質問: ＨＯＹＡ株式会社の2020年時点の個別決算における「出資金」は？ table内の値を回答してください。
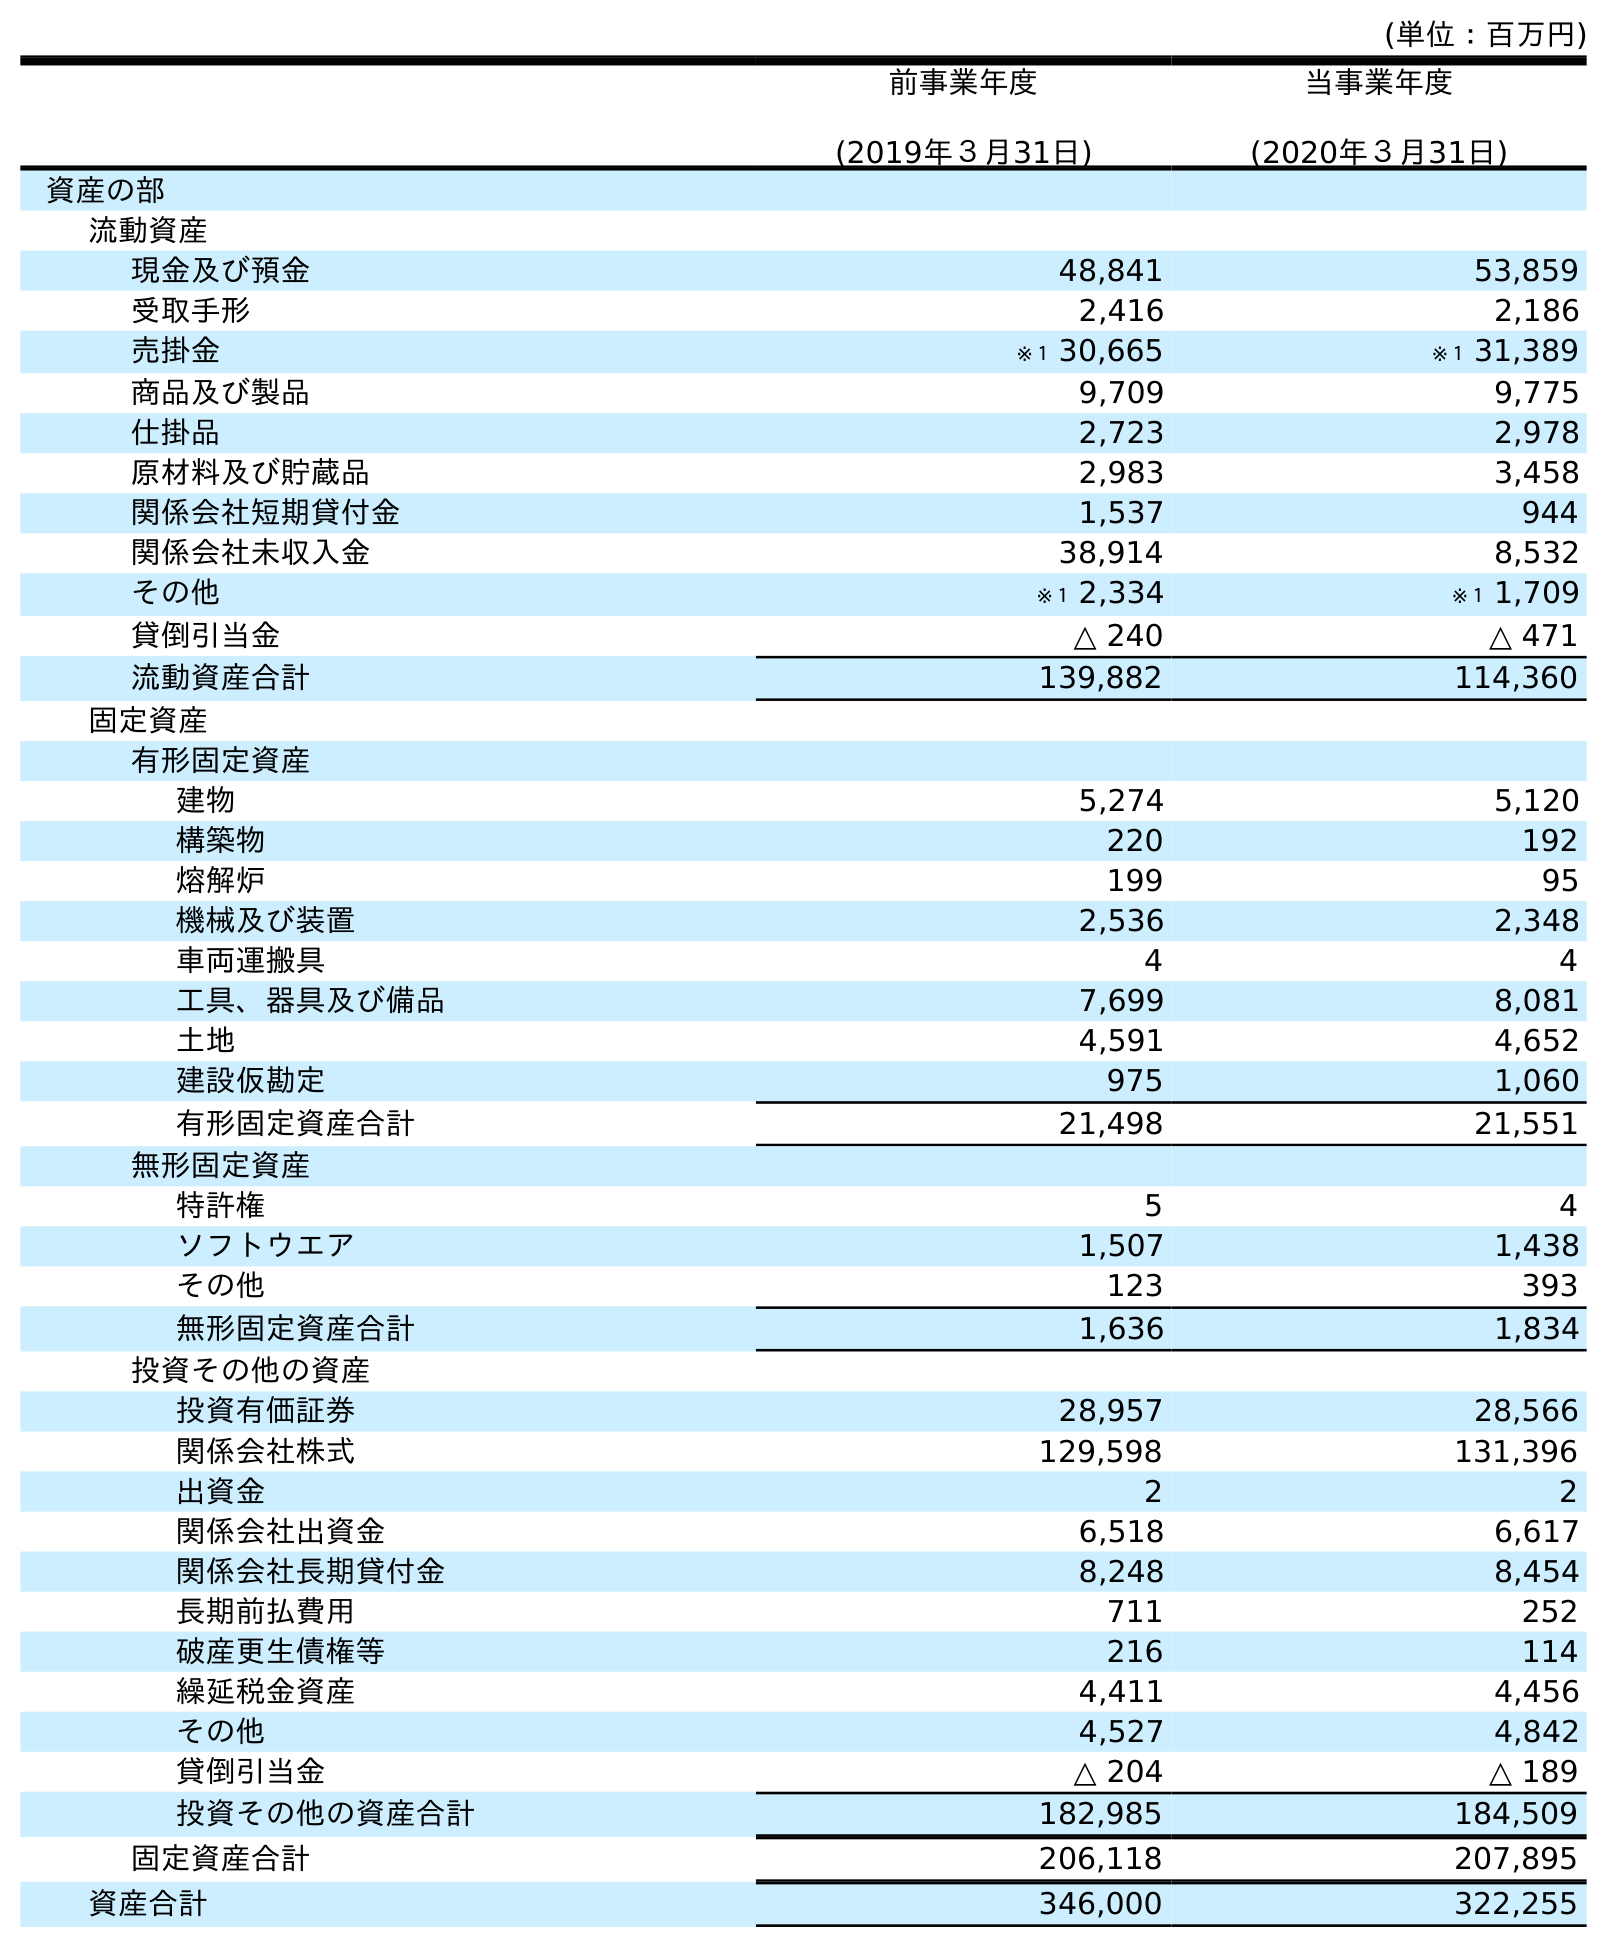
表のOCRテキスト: (単位：百万円) 前事業年度 (2019年３月31日) 当事業年度 (2020年３月31日) 資産の部 流動資産 現金及び預金 48,841 53,859 受取手形 2,416 2,186 売掛金 ※１ 30,665 ※１ 31,389 商品及び製品 9,709 9,775 仕掛品 2,723 2,978 原材料及び貯蔵品 2,983 3,458 関係会社短期貸付金 1,537 944 関係会社未収入金 38,914 8,532 その他 ※１ 2,334 ※１ 1,709 貸倒引当金 △ 240 △ 471 流動資産合計 139,882 114,360 固定資産 有形固定資産 建物 5,274 5,120 構築物 220 192 熔解炉 199 95 機械及び装置 2,536 2,348 車両運搬具 4 4 工具、器具及び備品 7,699 8,081 土地 4,591 4,652 建設仮勘定 975 1,060 有形固定資産合計 21,498 21,551 無形固定資産 特許権 5 4 ソフトウエア 1,507 1,438 その他 123 393 無形固定資産合計 1,636 1,834 投資その他の資産 投資有価証券 28,957 28,566 関係会社株式 129,598 131,396 出資金 2 2 関係会社出資金 6,518 6,617 関係会社長期貸付金 8,248 8,454 長期前払費用 711 252 破産更生債権等 216 114 繰延税金資産 4,411 4,456 その他 4,527 4,842 貸倒引当金 △ 204 △ 189 投資その他の資産合計 182,985 184,509 固定資産合計 206,118 207,895 資産合計 346,000 322,255
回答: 2